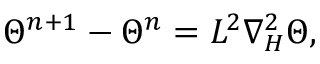
\Theta ^ { n + 1 } - \Theta ^ { n } = L ^ { 2 } \nabla _ { H } ^ { 2 } \Theta ,